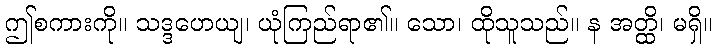
ဤစကားကို။ သဒ္ဒဟေယျ၊ ယုံကြည်ရာ၏။ သော၊ ထိုသူသည်။ န အတ္ထိ၊ မရှိ။